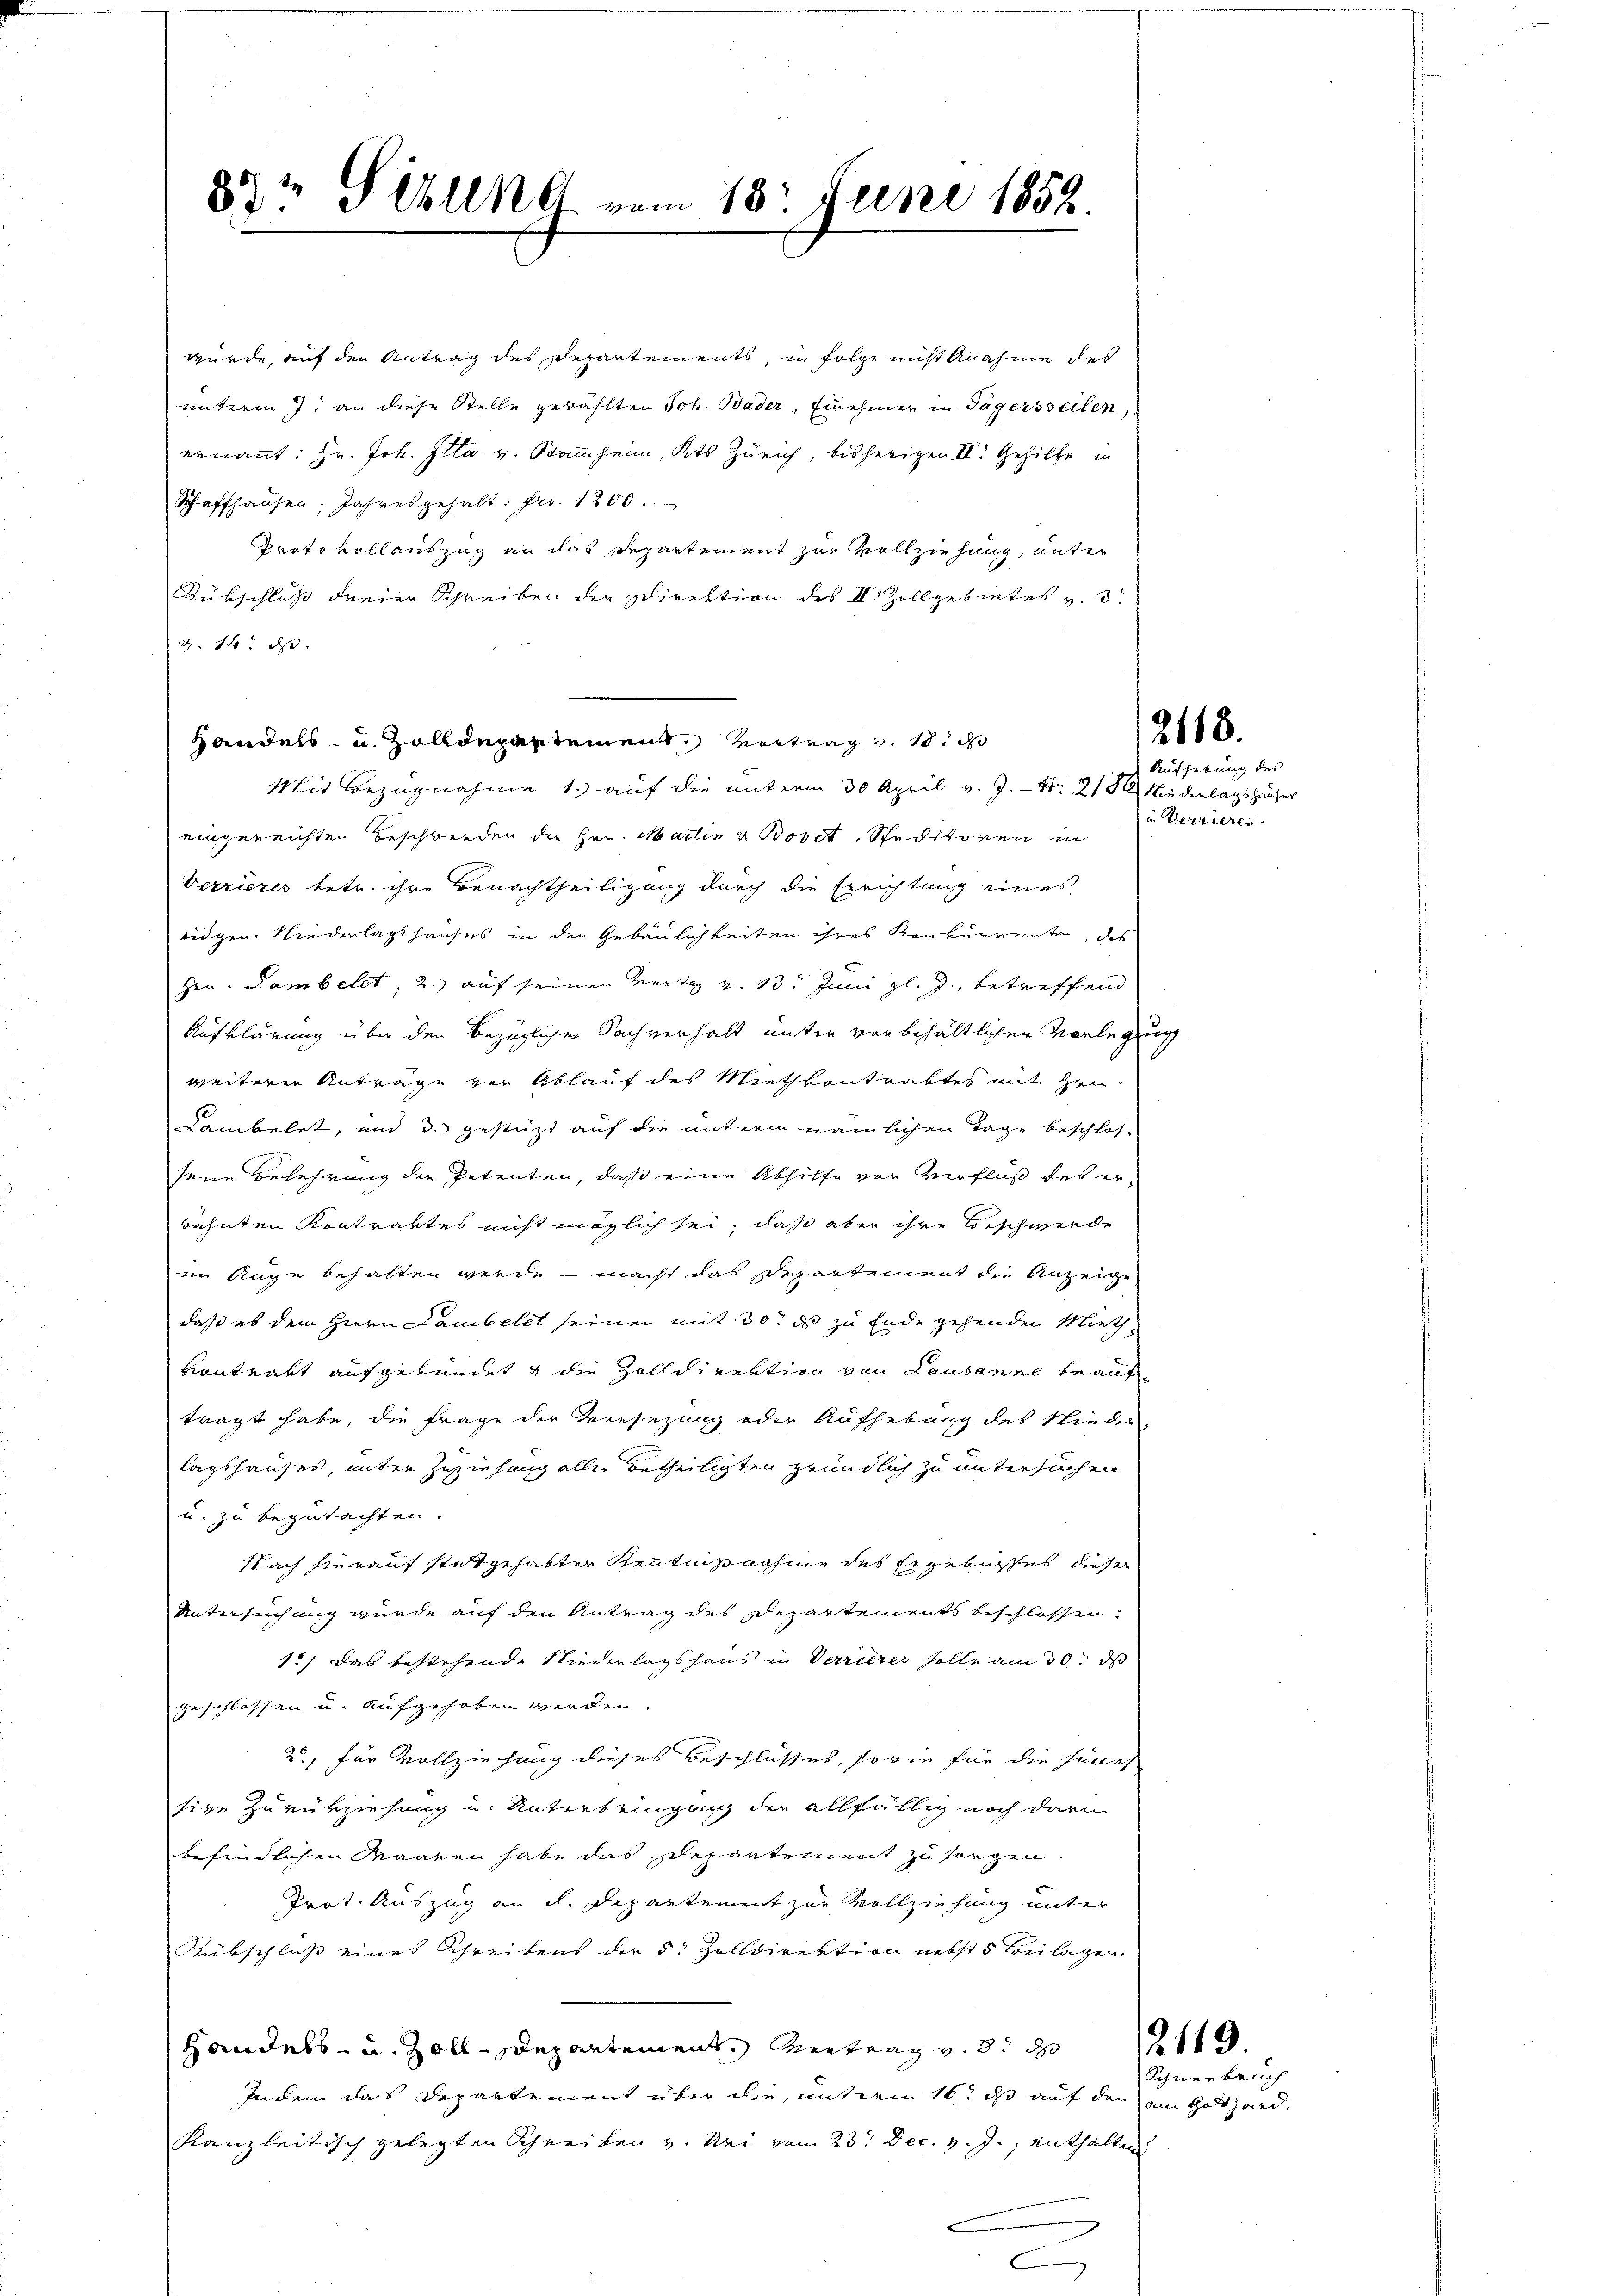
87t Sebung vom 18. Juni 1852.

Handels- u. Zolldepartement. Vortrag v. 18.

wurde, auf den Antrag des Departements, in Folge nicht Annahme des
unterm 7. an diese Stelle gewählten Joh. Bader, Einehmer in Tägersweilen
ernannt: Hr. Joh. Illa v. Stammheim, Kts Zürich, bisherigen II. Gehilfe in
Schaffhausen, Jahresgehalt: Fr. 1200.
Proto vollauszug an das Departement zur Vollziehung, unter
Rükschluß dreien Schreiben der Direktion des II. Zollgebietes v. 3.
Z. 14. d.
Mit Bezugnahme 1.) auf die unterm 30 April v. J. S. 218. Niederlagshäuser
eingereichten Beschwerden der Hrn. Martin u. Bovet, Studitoren in
Verriezes betr. ihre Benachtheiligung durch die Errichtung eines
ridgen. Niederlagshauses in den Gebäulichkeiten ihres Konkurrenten, des
zen. Lambelet, 2.) auf seinen Vortag v. 13. Juni gl. J., betreffend
Aufklärung über den bezüglicher Sachverhalt unter vorbehältlichen Vorlegung
weiterer Anträge von Ablauf des Miethvontraktes mit Zeu
Dambelet, und 3. gestützt auf die unterm nämlichen Tage beschlos-
sene Belehrung der Petenten, daß eine Abhilfe vor Verfluß des erwähnten Kontraktes nicht möglich sei, daß aber ihre Vorschwerde
iin Auge behalten werde - macht das Departement die Anzeiche
daß es dem Herrn Lambelet seinen mit 30. ds zu Ende gehenden Miethvontrakt aufgefundet g die Zolldirektion von Lausanne beauftragt habe, die Frage der Versezung oder Aufhebung des Nieder-
lagshauses, unter Zuziehung aller betheiligten gründlich zu untersuchen
u. zu begutachten.
Nach hierauf stetgehabter Kenntnisnahme des Ergebnisses dieser
Untersuchung wurde auf den Antrag des Departements beschlossen.
1.) Das bestehende Niederlagshaus in Verrieres solle am 30. ds
geschlossen u. aufgehoben werden.
2, für Vollziehung dieses Beschlusses, sowie für die succes
sige Zurükziehung u. Unterteigung der allfällig noch darin
befindlichen Waaren habe das Departement zu sorgen.
Prot. Auszug an d. Departement zur Vollziehung unter
Rükschluß eines Schreibens der 5. Zolldirektion nebst Beilagen.
Handels- u. Zoll-Departement Vertrag v. 3. d.
Indem das Departement über die, unterm 16t d auf den am Gothard
kanzleitisch gelegten Schreiben v. Nei vom 23t Dec. v. J., enthalten
s

218.
Aufhebung des

in Verrieres

Schneebruch